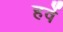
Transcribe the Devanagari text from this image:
हर्वे